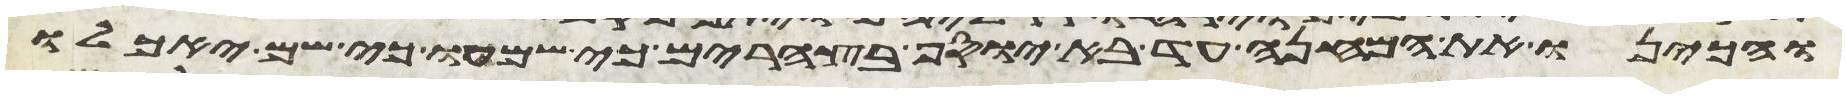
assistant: ויכינו את המנחה עד בא יוסף בצהרים כי שמעו כי שם יאכלו